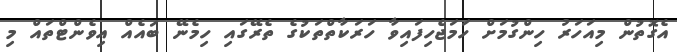
އެގޮތުން މިއަހަރު ހިންގުމަށް ހަމަޖެހިފައިވާ ހަރަކާތްތަކުގެ ތެރޭގައި ހިމެނޭ ބައެއް އިވެންޓްތައް މި